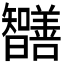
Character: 𭨔